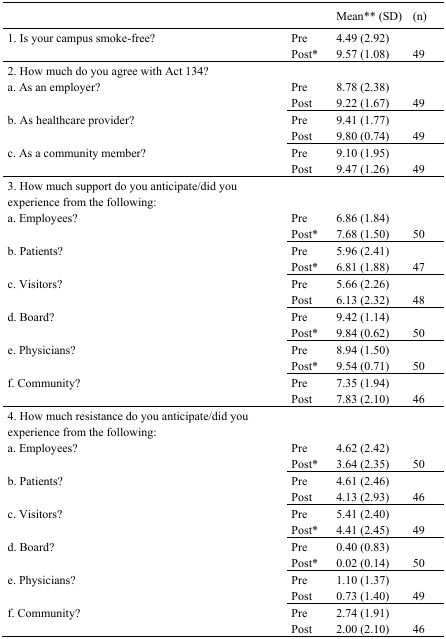
<table><thead><tr><td></td><td></td><td><b>Mean** (SD)</b></td><td><b>(n)</b></td></tr></thead><tbody><tr><td rowspan="2">1. Is your campus smoke-free?</td><td>Pre</td><td>4.49 (2.92)</td><td></td></tr><tr><td>Post*</td><td>9.57 (1.08)</td><td>49</td></tr><tr><td colspan="4">2. How much do you agree with Act 134?</td></tr><tr><td rowspan="2">a. As an employer?</td><td>Pre</td><td>8.78 (2.38)</td><td></td></tr><tr><td>Post</td><td>9.22 (1.67)</td><td>49</td></tr><tr><td rowspan="2">b. As healthcare provider?</td><td>Pre</td><td>9.41 (1.77)</td><td></td></tr><tr><td>Post</td><td>9.80 (0.74)</td><td>49</td></tr><tr><td rowspan="2">c. As a community member?</td><td>Pre</td><td>9.10 (1.95)</td><td></td></tr><tr><td>Post</td><td>9.47 (1.26)</td><td>49</td></tr><tr><td colspan="4">3. How much support do you anticipate/did you experience from the following:</td></tr><tr><td rowspan="2">a. Employees?</td><td>Pre</td><td>6.86 (1.84)</td><td></td></tr><tr><td>Post*</td><td>7.68 (1.50)</td><td>50</td></tr><tr><td rowspan="2">b. Patients?</td><td>Pre</td><td>5.96 (2.41)</td><td></td></tr><tr><td>Post*</td><td>6.81 (1.88)</td><td>47</td></tr><tr><td rowspan="2">c. Visitors?</td><td>Pre</td><td>5.66 (2.26)</td><td></td></tr><tr><td>Post</td><td>6.13 (2.32)</td><td>48</td></tr><tr><td rowspan="2">d. Board?</td><td>Pre</td><td>9.42 (1.14)</td><td></td></tr><tr><td>Post*</td><td>9.84 (0.62)</td><td>50</td></tr><tr><td rowspan="2">e. Physicians?</td><td>Pre</td><td>8.94 (1.50)</td><td></td></tr><tr><td>Post*</td><td>9.54 (0.71)</td><td>50</td></tr><tr><td rowspan="2">f. Community?</td><td>Pre</td><td>7.35 (1.94)</td><td></td></tr><tr><td>Post</td><td>7.83 (2.10)</td><td>46</td></tr><tr><td colspan="4">4. How much resistance do you anticipate/did you experience from the following:</td></tr><tr><td rowspan="2">a. Employees?</td><td>Pre</td><td>4.62 (2.42)</td><td></td></tr><tr><td>Post*</td><td>3.64 (2.35)</td><td>50</td></tr><tr><td rowspan="2">b. Patients?</td><td>Pre</td><td>4.61 (2.46)</td><td></td></tr><tr><td>Post</td><td>4.13 (2.93)</td><td>46</td></tr><tr><td rowspan="2">c. Visitors?</td><td>Pre</td><td>5.41 (2.40)</td><td></td></tr><tr><td>Post*</td><td>4.41 (2.45)</td><td>49</td></tr><tr><td rowspan="2">d. Board?</td><td>Pre</td><td>0.40 (0.83)</td><td></td></tr><tr><td>Post*</td><td>0.02 (0.14)</td><td>50</td></tr><tr><td rowspan="2">e. Physicians?</td><td>Pre</td><td>1.10 (1.37)</td><td></td></tr><tr><td>Post</td><td>0.73 (1.40)</td><td>49</td></tr><tr><td rowspan="2">f. Community?</td><td>Pre</td><td>2.74 (1.91)</td><td></td></tr><tr><td>Post</td><td>2.00 (2.10)</td><td>46</td></tr></tbody></table>